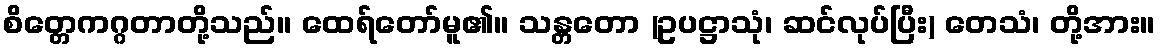
စိတ္တေကဂ္ဂတာတို့သည်။ ထေရ်တော်မူ၏။ သန္တတော (ဥပဋ္ဌာသုံ၊ ဆင်လုပ်ပြီး) တေသံ၊ တို့အား။